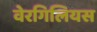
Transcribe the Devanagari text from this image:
वेरगिलियस